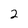
Character: 2